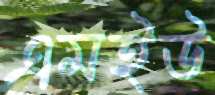
এমইউ